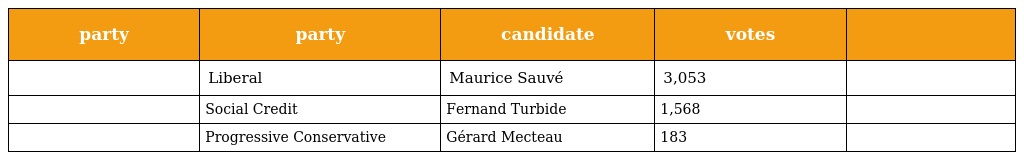
| party | party | candidate | votes |  |
 | --- | --- | --- | --- | --- |
 |  | Liberal | Maurice Sauvé | 3,053 |  |
 |  | Social Credit | Fernand Turbide | 1,568 |  |
 |  | Progressive Conservative | Gérard Mecteau | 183 |  |